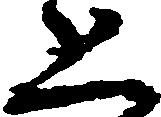
恐